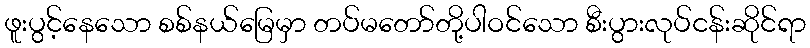
ဖူးပွင့်နေသော စစ်နယ်မြေမှာ တပ်မတော်တို့ပါဝင်သော စီးပွားလုပ်ငန်းဆိုင်ရာ